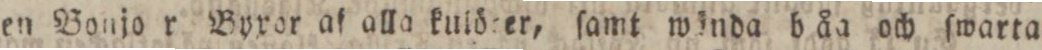
en Bonjo r Byxor af alla kulöter, ſamt wända båa och ſwarta